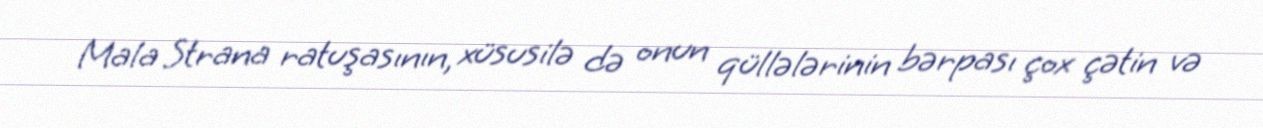
Mala Strana ratuşasının, xüsusilə də onun qüllələrinin bərpası çox çətin və